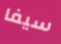
سيفا